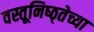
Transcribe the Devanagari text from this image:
वस्तूनिष्ठ्तेच्या